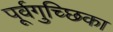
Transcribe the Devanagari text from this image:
पूर्वगुच्छिका